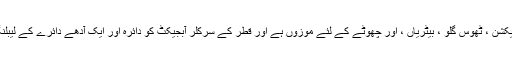
اہم خصوصیت 1. زبانی مائع ، انجیکشن ، ٹھوس گلو ، بیٹریاں ، اور چھوٹے کے لئے موزوں ہے اور قطر کے سرکلر آبجیکٹ کو دائرہ اور ایک آدھے دائرے کے لیبلنگ کا فریم نہیں کھڑا کرسکتے ہیں۔